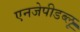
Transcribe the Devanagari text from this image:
एनजेपीडब्लू